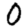
Digit: 0